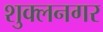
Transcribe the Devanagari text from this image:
शुक्लनगर